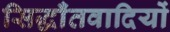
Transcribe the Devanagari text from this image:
सिद्धाँतवादियों